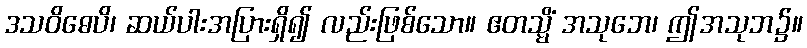
ဒသဝိဓေပိ၊ ဆယ်ပါးအပြားရှိ၍ လည်းဖြစ်သော။ ဧတသ္မိံ အသုဘေ၊ ဤအသုဘ၌။